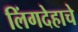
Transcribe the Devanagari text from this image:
लिंगदेहाचे